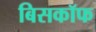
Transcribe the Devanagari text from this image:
बिसकॉफ